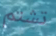
تشتم